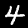
Label: 4